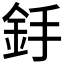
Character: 𨥋